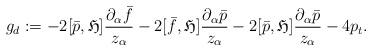
LaTeX: \begin{align*}g_d:=-2[\bar{p}, \mathfrak{H}]\frac{\partial_{\alpha}\bar{f}}{z_{\alpha}}-2[\bar{f},\mathfrak{H}]\frac{\partial_{\alpha}\bar{p}}{z_{\alpha}}-2[\bar{p},\mathfrak{H}]\frac{\partial_{\alpha}\bar{p}}{z_{\alpha}}-4p_t.\end{align*}